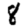
Digit: 8